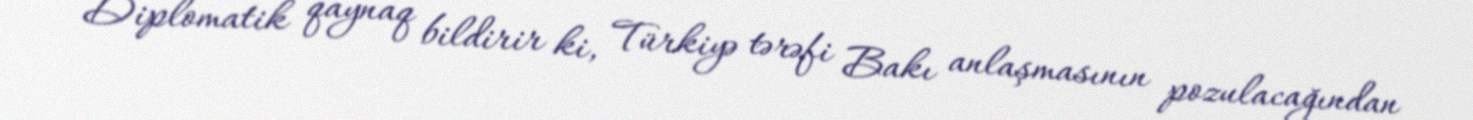
Diplomatik qaynaq bildirir ki, Türkiyə tərəfi Bakı anlaşmasının pozulacağından